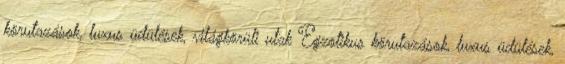
körutazások, luxus üdülések, világkörüli utak Egzotikus körutazások, luxus üdülések,